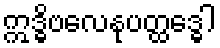
ဣဒ္ဓိဗလေနုပတ္ထဒ္ဓေါ